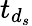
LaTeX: t_{{d}_{s}}